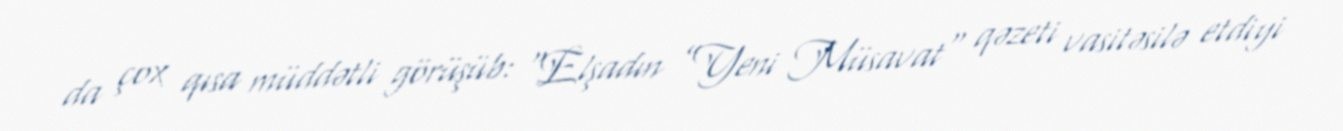
da çox qısa müddətli görüşüb: “Elşadın ”Yeni Müsavat" qəzeti vasitəsilə etdiyi